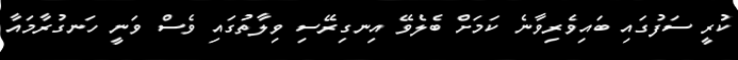
ކުރީ ސަފުގައި ބައިވެރިވާނެ ކަމަށް ބެލެވޭ އިނގިރޭސި ވިލާތުގައި ވެސް ވަނީ ހަނގުރާމައާ